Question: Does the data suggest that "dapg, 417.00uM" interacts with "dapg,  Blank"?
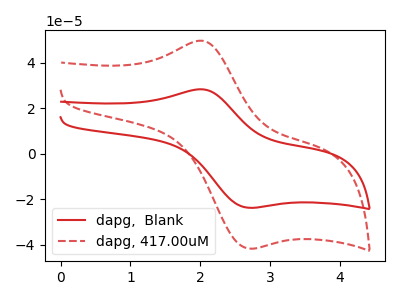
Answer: <think>The red curve "dapg,  Blank" has an anodic peak at (2.00V, 28.30uA) and a cathodic peak at (2.70V, -23.70uA). The red dashed curve "dapg, 417.00uM" has an anodic peak at (2.00V, 49.60uA) and a cathodic peak at (2.70V, -41.60uA).
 All the peaks in "dapg, 417.00uM" have a peak in "dapg,  Blank" at the same potential. Every peak in "dapg, 417.00uM" is higher than every peak in "dapg,  Blank".</think>
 <answer>No, "dapg, 417.00uM" and "dapg,  Blank" don't appear to be significantly different in shape</answer>
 <eval>no_change</eval>